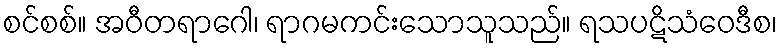
စင်စစ်။ အဝီတရာဂေါ၊ ရာဂမကင်းသောသူသည်။ ရသပဋိသံဝေဒီစ၊